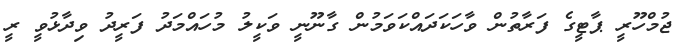
ޖުމްހޫރީ ޕާޓީގެ ފަރާތުން ވާހަކަދައްކަވަމުން ގާނޫނީ ވަކީލު މުހައްމަދު ފަރީދު ވިދާޅުވީ ރީ